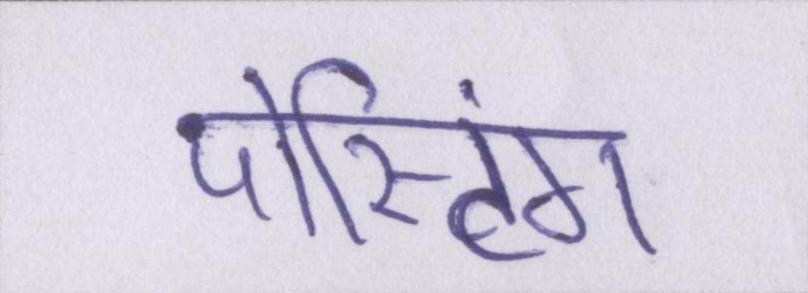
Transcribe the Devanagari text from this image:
पोस्टिंग